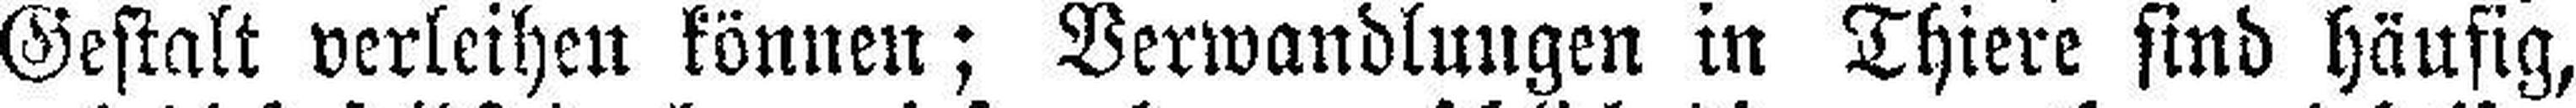
Gestalt verleihen können; Verwandlungen in Thiere sind häufig,